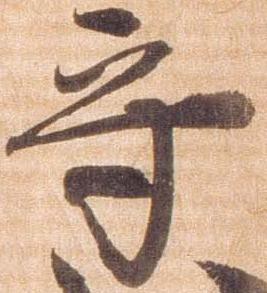
守